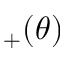
_ + ( \theta )